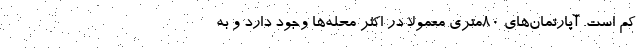
کم است. آپارتمان‌های 80متری معمولا در اکثر محله‌ها وجود دارد و به